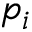
p _ { i }